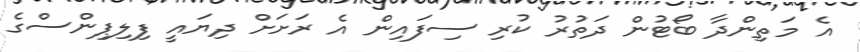
އެ މަތިންދާ ބޯޓުން ދަތުރު ކުރި ސިފައިން އެ ރަށަށް ދިޔައީ ފިލިޕިންސްގެ